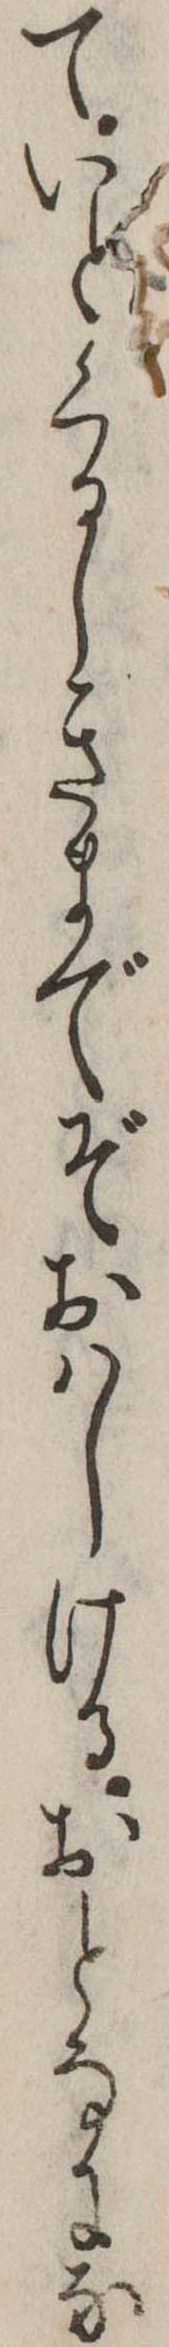
ていとくるしきまでぞおはしけるおとなにな